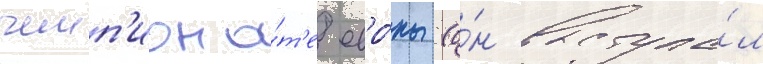
чемп'иона́т'е евро́пы (о́н выступа́л